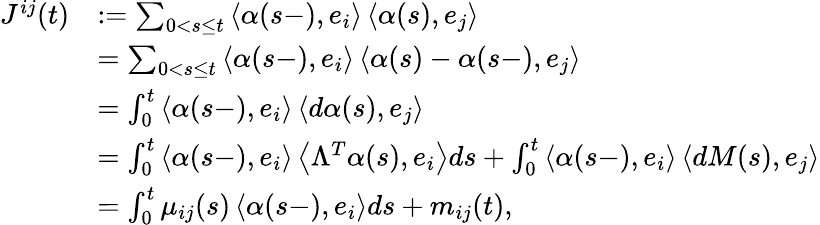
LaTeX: \begin{array}{rl}{J^{ij}(t)}&{:=\sum_{0<s\leq t}\left\langle\alpha(s-),e_{i}\right\rangle\left\langle\alpha(s),e_{j}\right\rangle}\\ &{=\sum_{0<s\leq t}\left\langle\alpha(s-),e_{i}\right\rangle\left\langle\alpha(s)-\alpha(s-),e_{j}\right\rangle}\\ &{=\int_{0}^{t}\left\langle\alpha(s-),e_{i}\right\rangle\left\langle d\alpha(s),e_{j}\right\rangle}\\ &{=\int_{0}^{t}\left\langle\alpha(s-),e_{i}\right\rangle\left\langle\Lambda^{T}\alpha(s),e_{i}\right\rangle ds+\int_{0}^{t}\left\langle\alpha(s-),e_{i}\right\rangle\left\langle dM(s),e_{j}\right\rangle}\\ &{=\int_{0}^{t}\mu_{ij}(s)\left\langle\alpha(s-),e_{i}\right\rangle ds+m_{ij}(t),}\end{array}